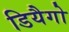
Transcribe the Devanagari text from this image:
डियैगो